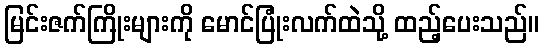
မြင်းဇက်ကြိုးများကို မောင်ပြုံးလက်ထဲသို့ ထည့်ပေးသည်။